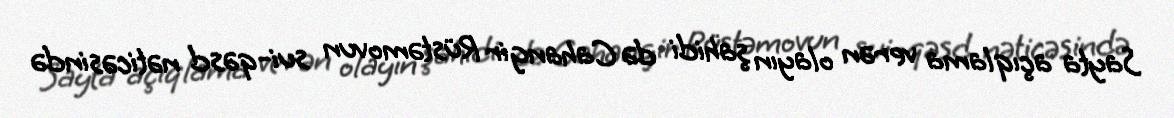
Sayta açıqlama verən olayın şahidi də Cahangir Rüstəmovun sui-qəsd nəticəsində